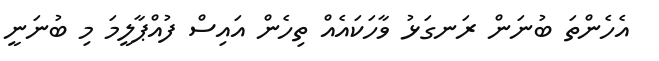
އެހެންތަ ބުނަން ރަނގަޅު ވާހަކައެއް ތިހެން އައިސް ފުއްޕާލީމަ މި ބުނަނީ